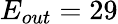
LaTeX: E_{out}=29